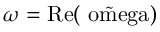
{ \omega } = \mathrm { { R e } ( \tilde { \ o m e g a } ) }